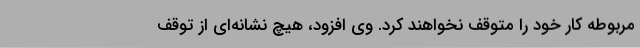
مربوطه کار خود را متوقف نخواهند کرد. وی افزود، هیچ نشانه‌ای از توقف